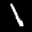
Label: 1